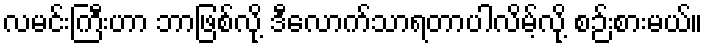
လမင်းကြီးဟာ ဘာဖြစ်လို့ ဒီလောက်သာရတာပါလိမ့်လို့ စဉ်းစားမယ်။